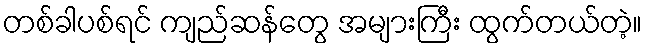
တစ်ခါပစ်ရင် ကျည်ဆန်တွေ အများကြီး ထွက်တယ်တဲ့။